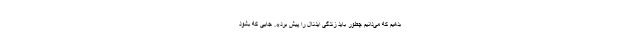
بدهیم که می‌دانیم چطور باید زندگی ایدئال را پیش برد». جایی که بشود